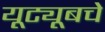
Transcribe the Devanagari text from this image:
यूट्यूबचे